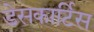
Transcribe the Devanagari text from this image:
डेसकार्टिस